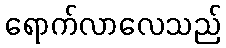
ရောက်လာလေသည်